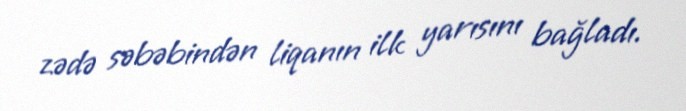
zədə səbəbindən liqanın ilk yarısını bağladı.